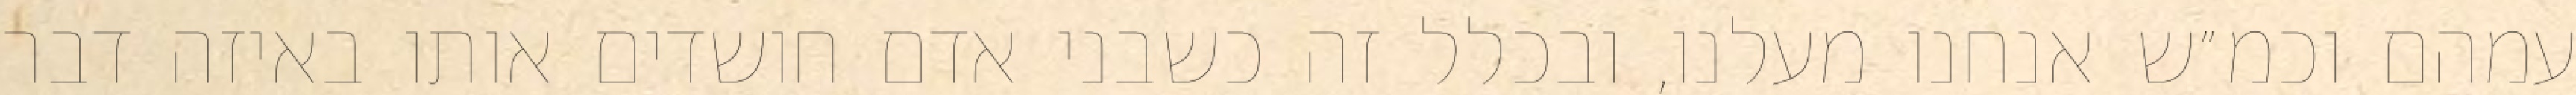
עמהם וכמ״ש אנחנו מעלנו, ובכלל זה כשבני אדם חושדים אותו באיזה דבר